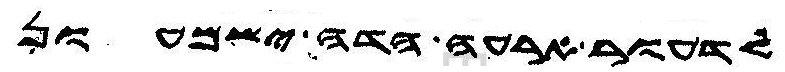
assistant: לדעור ארעה הדה וישמעון